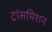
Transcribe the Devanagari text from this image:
ट्रांसमिशन